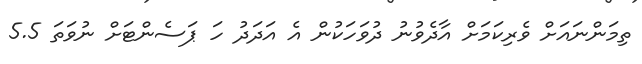
ތިމަންނައަށް ވެރިކަމަށް އާދެވުނު ދުވަހަކުން އެ އަދަދު ހަ ޕަސެންޓަށް ނުވަތަ 5.5